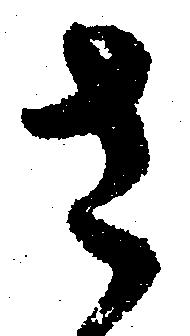
さ